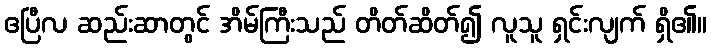
ဧပြီလ ဆည်းဆာတွင် အိမ်ကြီးသည် တိတ်ဆိတ်၍ လူသူ ရှင်းလျက် ရှိ၏။